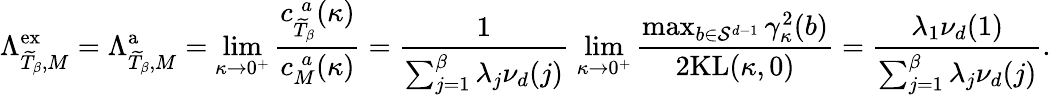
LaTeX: \Lambda_{\widetilde{T}_{\beta},M}^{\mathrm{ex}}=\Lambda_{\widetilde{T}_{\beta},M}^{\mathrm{a}}=\underset{\kappa\to 0^{+}}{\operatorname*{lim}}\frac{c_{\widetilde{T}_{\beta}}^{\; a}(\kappa)}{c_{M}^{\; a}(\kappa)}=\frac{1}{\sum_{j=1}^{\beta}\lambda_{j}\nu_{d}(j)}\; \underset{\kappa\to 0^{+}}{\operatorname*{lim}}\frac{\operatorname*{max}_{b\in\mathcal{S}^{d-1}}\gamma_{\kappa}^{2}(b)}{2\mathrm{KL}(\kappa,0)}=\frac{\lambda_{1}\nu_{d}(1)}{\sum_{j=1}^{\beta}\lambda_{j}\nu_{d}(j)}.